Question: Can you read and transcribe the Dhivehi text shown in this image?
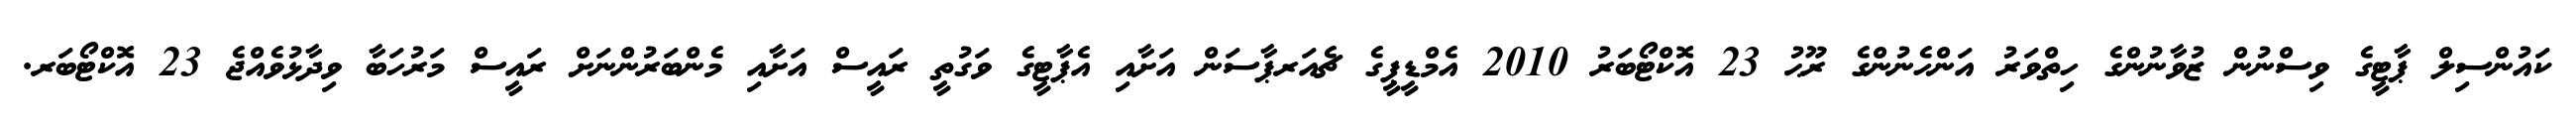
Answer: ކައުންސިލް ޕާޓީގެ ވިސްނުން ޒުވާނުންގެ ހިތްވަރު އަންހެނުންގެ ރޫޙު 23 އޮކްޓޯބަރު 2010 އެމްޑީޕީގެ ޗެއަރޕާސަން އަށާއި އެޕާޓީގެ ވަގުތީ ރައީސް އަށާއި މެންބަރުންނަށް ރައީސް މަރުހަބާ ވިދާޅުވެއްޖެ 23 އޮކްޓޯބަރ.